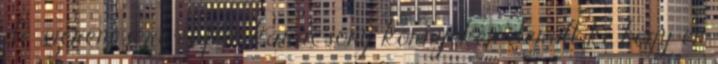
de szerencsére éppen karácsony környékén derült ki, hogy én